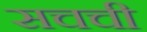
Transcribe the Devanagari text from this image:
सचची